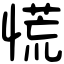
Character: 慌